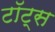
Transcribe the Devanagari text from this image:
टॉट्स